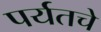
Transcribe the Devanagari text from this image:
पर्यतचे